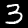
Label: 3